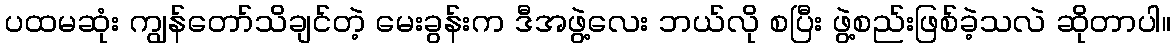
ပထမဆုံး ကျွန်တော်သိချင်တဲ့ မေးခွန်းက ဒီအဖွဲ့လေး ဘယ်လို စပြီး ဖွဲ့စည်းဖြစ်ခဲ့သလဲ ဆိုတာပါ။